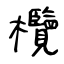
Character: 欖